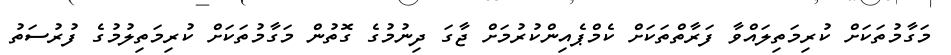
މަގާމުތަކަށް ކުރިމަތިލައްވާ ފަރާތްތަކަށް ކެމްޕެއިންކުރުމަށް ޖާގަ ދިނުމުގެ ގޮތުން މަގާމުތަކަށް ކުރިމަތިލުމުގެ ފުރުސަތު